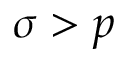
\sigma > p